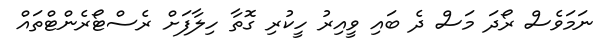
ނަމަވެސް ރޯދަ މަސް ދެ ބައި ވީއިރު ހީކުރި ގޮތާ ހިލާފަށް ރެސްޓޯރެންޓްތައް